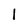
Character: 1